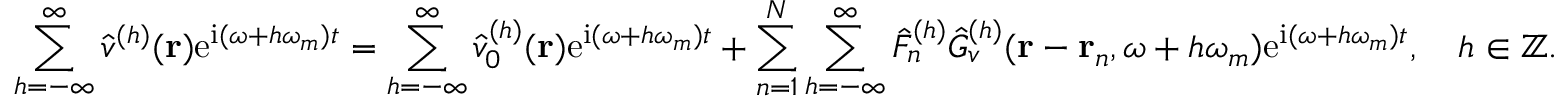
\sum _ { h = - \infty } ^ { \infty } \hat { v } ^ { ( h ) } ( \mathbf { r } ) \mathrm { e } ^ { \mathrm { i } ( \omega + h \omega _ { m } ) t } = \sum _ { h = - \infty } ^ { \infty } \hat { v } _ { 0 } ^ { ( h ) } ( \mathbf { r } ) \mathrm { e } ^ { \mathrm { i } ( \omega + h \omega _ { m } ) t } + \sum _ { n = 1 } ^ { N } \sum _ { h = - \infty } ^ { \infty } \hat { F } _ { n } ^ { ( h ) } \hat { G } _ { v } ^ { ( h ) } ( \mathbf { r } - \mathbf { r } _ { n } , \omega + h \omega _ { m } ) \mathrm { e } ^ { \mathrm { i } ( \omega + h \omega _ { m } ) t } , \quad h \in \mathbb { Z } .